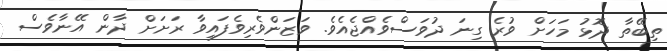
ތިބޭތާ ދޮޅު މަހަށް ވުރެ ގިނަ ދުވަސްވެއްޖެއެވެ. ވަޒަންވެރިވެފައިވާ ރަށަށް ދާން އޭނާވެސް